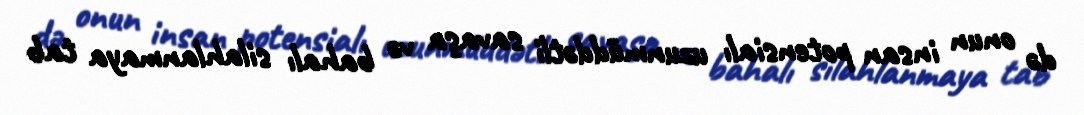
də onun insan potensialı uzunmüddətli savaşa və bahalı silahlanmaya tab